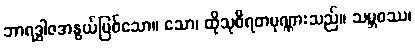
ဘာရဒွါဇအနွယ်ဖြစ်သော။ သော၊ ထိုသုစီရတပုဏ္ဏားသည်။ သမ္ဘဝဿ၊